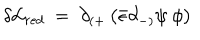
\delta { \cal L } _ { r e d } ~ = ~ \partial _ { ( + } \left( { \bar { \epsilon } } \partial _ { - ) } \psi ~ \phi \right) ~